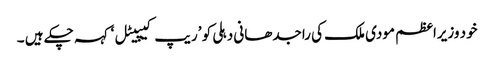
خود وزیراعظم مودی ملک کی راجدھانی دہلی کو ’ریپ کیپیٹل ‘کہہ چکے ہیں ۔